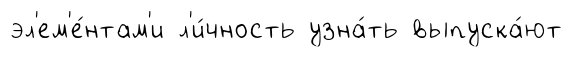
эл'ем'е́нтам'и л'и́чность узна́ть выпуска́ют